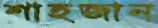
শাহজান